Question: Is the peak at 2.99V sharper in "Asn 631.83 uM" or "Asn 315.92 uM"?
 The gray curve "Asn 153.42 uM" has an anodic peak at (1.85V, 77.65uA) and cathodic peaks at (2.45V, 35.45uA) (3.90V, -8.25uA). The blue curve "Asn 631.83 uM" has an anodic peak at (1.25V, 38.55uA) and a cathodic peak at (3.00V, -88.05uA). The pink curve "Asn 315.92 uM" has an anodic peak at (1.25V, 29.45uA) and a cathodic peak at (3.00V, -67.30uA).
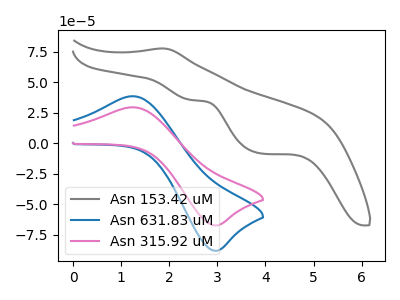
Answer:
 <answer>The peak at 2.99V is higher in "Asn 631.83 uM" than in "Asn 315.92 uM".</answer>
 <eval>higher</eval>